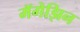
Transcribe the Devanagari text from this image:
मॅगेझिन